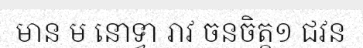
មាន ម នោទ្វា រាវ ចនចិត្ត១ ជវន